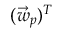
( \vec { w } _ { p } ) ^ { T }